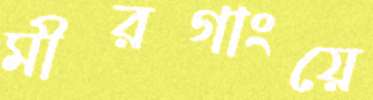
মীরগাংয়ে